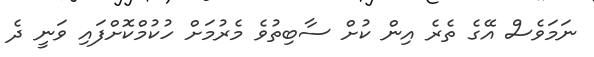
ނަމަވެސް އޭގެ ތެރެ އިން ކުށް ސާބިތުވެ މެރުމަށް ހުކުމްކޮށްފައި ވަނީ ދެ